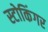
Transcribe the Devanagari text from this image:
स्टोकिंगर